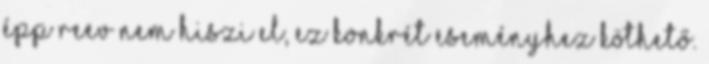
épp Reev nem hiszi el, ez konkrét eseményhez köthető.